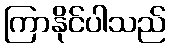
ကြာနိုင်ပါသည်